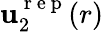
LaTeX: \mathbf{u}_{2}^{{\mathrm{{~r~e~p~}}}}(r)